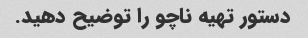
دستور تهیه ناچو را توضیح دهید.